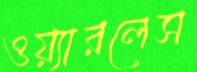
ওয়্যারলেস